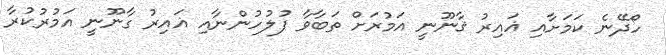
ހޯދޭނެ ކަމަށާއި ޣައިރު ޤާނޫނީ އަމުރަށް ތަބާވާ ފުލުހުންނާއި ޣައިރު ގާނޫނީ އަމުރުކުރާ